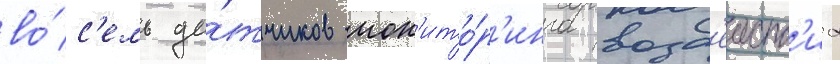
во́с'емь да́тчиков мон'ито́р'инга возд'еиств'иа